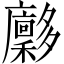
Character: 𪥀